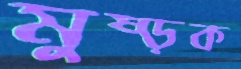
মুষ্‌ড়ক